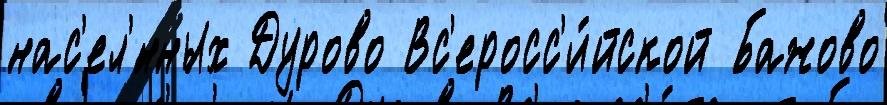
нас'ел'́нных Дурово Вс'еросс'и́йской Бажово